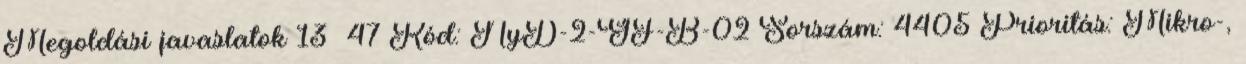
Megoldási javaslatok 13 47 Kód: NyD-2-GF-B-02 Sorszám: 4405 Prioritás: Mikro-,